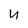
Character: u